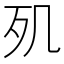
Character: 𣦽